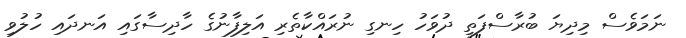
ނަމަވެސް މިދިޔަ ބުރާސްފަތި ދުވަހު ހިނގި ނުރައްކާތެރި އަލިފާނުގެ ހާދިސާގައި އަނދައި ހުލުވި